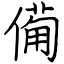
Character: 僃